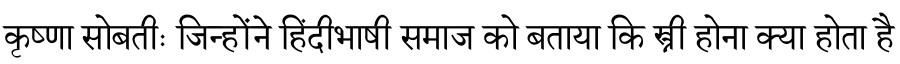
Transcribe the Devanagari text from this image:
कृष्णा सोबतीः जिन्होंने हिंदीभाषी समाज को बताया कि स्त्री होना क्या होता है